Calcutta medical institutions reports 1879-81 [i.e.91]
Year: 1879
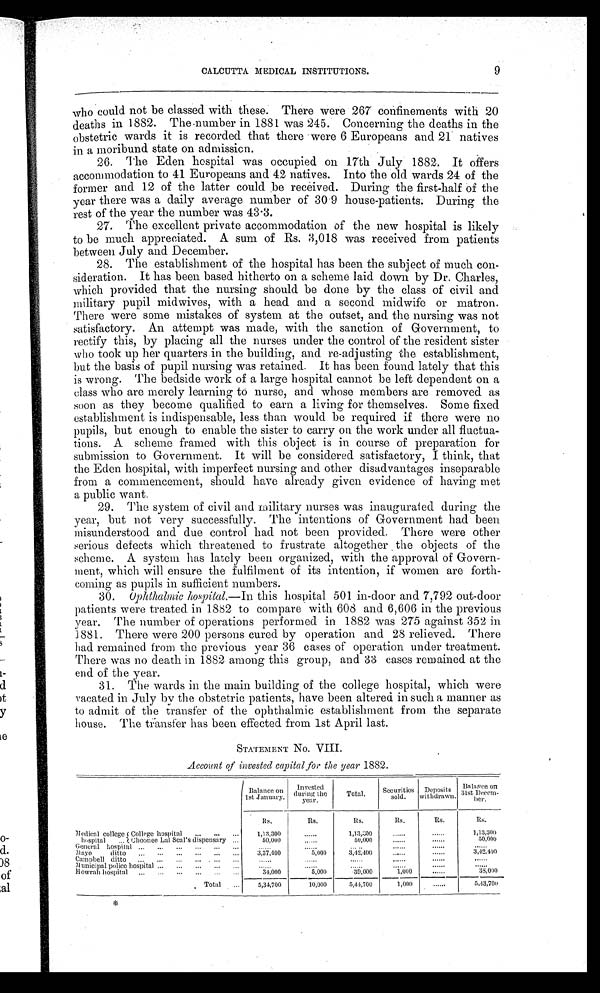
CALCUTTA MEDICAL INSTITUTIONS.
9
who could not be classed with these. There were 267 confinements with 20
deaths in 1882. The
number in 1881 was 245. Concerning the deaths in the
obstetric wards it is recorded that there were 6 Europeans and 21 natives
in a moribund state on admission.
26. The Eden hospital was occupied on 17th July 1882. It offers
accommodation to 41 Europeans and 42 natives. Into the old wards 24 of the
former and 12 of the latter could be received. During the first-half of the
year there was a daily average number of 30.9 house-patients. During the
rest of the year the number was 43.3.
27.
The excellent private accommodation of the new hospital is likely
to be much appreciated. A sum of Rs. 3,018 was received from patients
between July and December.
28. The establishment of the hospital has been the subject of much con
sideration. It has been based hitherto on a scheme laid down by Dr. Charles,
which provided that the nursing should be done by the class of civil and
military pupil midwives, with a head and a second midwife or matron.
There were some mistakes of system at the outset, and the nursing was not
satisfactory. An attempt was made, with the sanction of Government, to
rectify this, by placing all the nurses under the control of the resident sister
who took up her quarters in the building, and re-adjusting the establishment,
but the basis of pupil nursing was retained. It has been found lately that this
is wrong. The bedside work of a large hospital cannot be left dependent on a
class who are merely learning to nurse, and whose members are removed as
soon as they become qualified to earn a living for themselves. Some fixed
establishment is indispensable, less than would be required if there were no
pupils, but enough to enable the sister to carry on the work under all fluctua
tions. A scheme framed with this object is in course of preparation for
submission to Government. It will be considered satisfactory, I think, that
the Eden hospital, with imperfect nursing and other disadvantages inseparable
from a commencement, should have already given evidence of having met
a public want.
29.
The system of civil and military nurses was inaugurated during the
year, but not very successfully. The intentions of Government had been
misunderstood and due control had not been provided. There were other
serious defects which threatened to frustrate altogether the objects of the
scheme. A system has lately been organized, with the approval of Govern
ment, which will ensure the fulfilment of its intention, if women are forth
-coming as pupils in sufficient numbers.
30.
Ophthalmic hospital — I n t h i s h o s p i t a l 5 0 1 i n - d o o r a n d 7 , 7 9 2 o u t - d o o r
patients were treated in 1882 to compare with 608 and 6,606 in the previous
year. The number of operations performed in 1882 was 275 against 352 in
1881. There were 200 persons cured by operation and 28 relieved. There
had remained from the previous year 36 cases of operation under treatment.
There was no death in 1882 among this group, and 33 cases remained at the
end of the year.
31. The wards in the main building of the college hospital, which were
vacated in July by the obstetric patients, have been altered in such a manner as
to admit of the transfer of the ophthalmic establishment from the separate
house. The transfer has been effected from 1st April last.
STATEMENT No. VIII.
Account of invested capital for the year 1882.
Balance on
1st January.
Invested
during the
y e a r .
Total.
Securities
sold.
Deposits
withdrawn.
Balance on
31st Decem-
ber
Rs.
Rs.
Rs.
Rs.
Rs.
Rs.
Medical college
hospital
College hospital
...
1,13,300
......
1,13,300
. . . . . .
. . . . . . 1,13,300
Choonee Lal Seal's dispensary ......
50,000
. . . . . .
50,000
. . . . . .
. . . . . .
50,000
General hospital
. . .
. . . . . .
. . . . . .
. . . . . .
. . . . . .
. . . . . .
3 , 4 2 , 4 0 0
Mayo ditto
...
3,37,400
5,000
3,42,400
. . . . . .
. . . . . . 3,42,400
Campbell ditto
...
. . . . . .
. . . . . .
. . . . . .
. . . . . .
. . . . . .
. . . . . .
Municipal police hospital
...
. . . . . .
. . . . . .
. . . . . .
. . . . . .
. . . . . .
. . . . . .
Howrah hospital
. . .
34,000
5,000
39,000
1,000
. . . . . .
3 8 , 0 0 0
Total
. . .
5 , 3 4 , 7 0 0
10,000
5,44 ,70 0
1,000
......
5 , 4 3 , 7 0 0